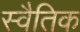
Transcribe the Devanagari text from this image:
स्वैतिक